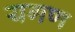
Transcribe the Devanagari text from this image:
यगण